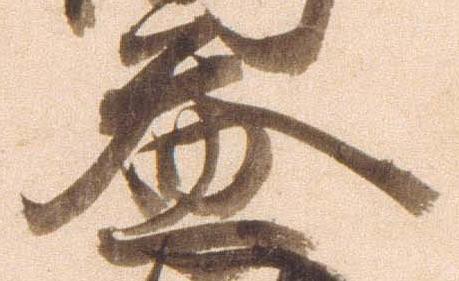
益